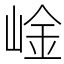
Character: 崯